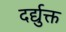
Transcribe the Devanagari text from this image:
दर्द्युक्त